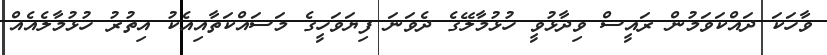
ވާހަކަ ދައްކަވަމުން ރައީސް ވިދާޅުވީ ހުޅުމާލޭގެ ދެވަނަ ފިޔަވަހީގެ މަސައްކަތާއިއެކު އިތުރު ހުޅުމާލެއެއް